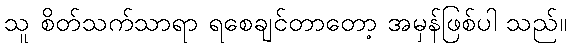
သူ စိတ်သက်သာရာ ရစေချင်တာတော့ အမှန်ဖြစ်ပါ သည်။